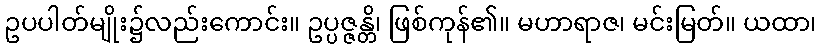
ဥပပါတ်မျိုး၌လည်းကောင်း။ ဥပ္ပဇ္ဇန္တိ၊ ဖြစ်ကုန်၏။ မဟာရာဇ၊ မင်းမြတ်။ ယထာ၊